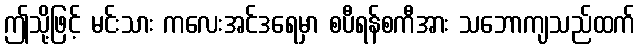
ဤသို့ဖြင့် မင်းသား ကလေးအင်ဒရေမှာ စပီရန်စကီအား သဘောကျသည်ထက်